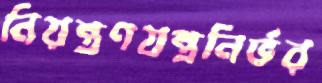
নিয়ন্ত্রণযন্ত্রনির্ভর